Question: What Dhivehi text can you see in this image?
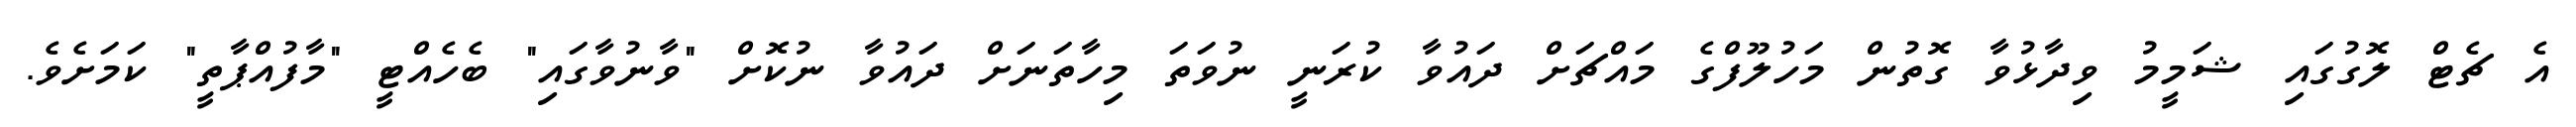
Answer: އެ ޗެޓް ލޮގުގައި ޝަމީމު ވިދާޅުވާ ގޮތުން މަހުލޫފްގެ މައްޗަށް ދައުވާ ކުރަނީ ނުވަތަ މިހާތަނަށް ދައުވާ ނުކޮށް "ވާނުވާގައި" ބެހެއްޓީ "މާފުއްޕާތީ" ކަމަށެވެ.